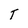
Character: T